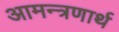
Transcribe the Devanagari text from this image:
आमन्त्रणार्थ